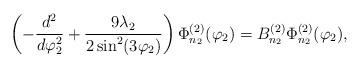
LaTeX: \begin{align*}\left( -\frac{d^{2}}{d\varphi_2 ^{2}}+\frac{9\lambda_2 }{2\sin^{2}(3\varphi_2 )}\right) \Phi_{n_2}^{(2)} (\varphi_2 )=B_{n_2}^{(2)} \Phi_{n_2}^{(2)} (\varphi_2 ), \end{align*}